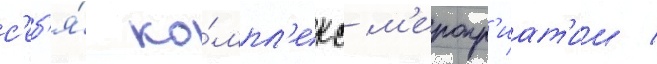
с'еб'я́ ко́мпл'екс м'еропр'иат'ии /